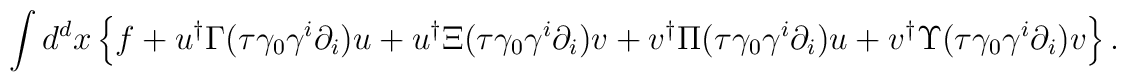
\int d^{d}x\left\{ f+u^{\dagger }\Gamma (\tau \gamma _{0}\gamma ^{i}\partial _{i})u+u^{\dagger }\Xi (\tau \gamma _{0}\gamma ^{i}\partial _{i}){v}+{v}^{\dagger }\Pi (\tau \gamma _{0}\gamma ^{i}\partial _{i})u+{v}^{\dagger }  \Upsilon (\tau \gamma _{0}\gamma ^{i}\partial _{i}){v}\right\} .